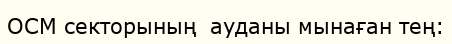
OCM секторының  ауданы мынаған тең: